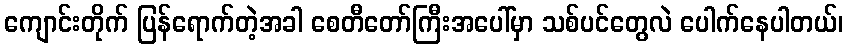
ကျောင်းတိုက် ပြန်ရောက်တဲ့အခါ စေတီတော်ကြီးအပေါ်မှာ သစ်ပင်တွေလဲ ပေါက်နေပါတယ်၊